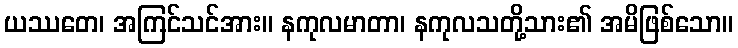
ယဿတေ၊ အကြင်သင်အား။ နကုလမာတာ၊ နကုလသတို့သား၏ အမိဖြစ်သော။